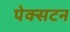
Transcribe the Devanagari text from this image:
पेक्‍सटन